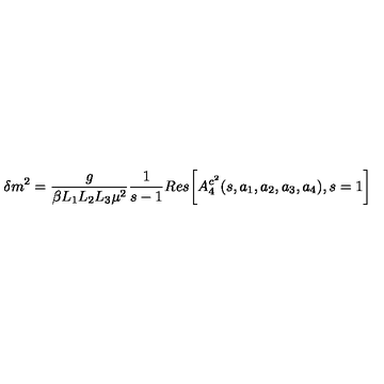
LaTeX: \delta m ^ { 2 } = \frac { g } { \beta L _ { 1 } L _ { 2 } L _ { 3 } \mu ^ { 2 } } \frac { 1 } { s - 1 } R e s \biggl [ A _ { 4 } ^ { c ^ { 2 } } ( s , a _ { 1 } , a _ { 2 } , a _ { 3 } , a _ { 4 } ) , s = 1 \biggr ]